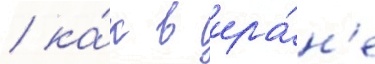
/ ка́к в ира́н'е